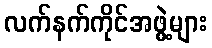
လက်နက်ကိုင်အဖွဲ့များ